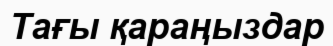
Тағы қараңыздар